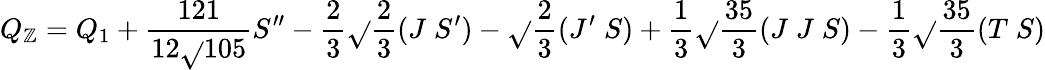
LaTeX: Q_{\mathbb{Z}}=Q_{1}+\frac{{121}}{{12\sqrt{}{{105}}}}S^{\prime\prime}-\frac{{2}}{{3}}\sqrt{}{{\frac{{2}}{{3}}}}(J\; S^{\prime})-\sqrt{}{{\frac{{2}}{{3}}}}(J^{\prime}\; S)+\frac{{1}}{{3}}\sqrt{}{{\frac{{35}}{{3}}}}(J\; J\; S)-\frac{{1}}{{3}}\sqrt{}{{\frac{{35}}{{3}}}}(T\; S)